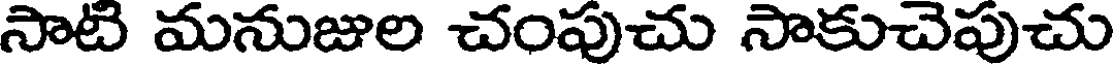
సాటి మనుజుల చంపుచు సాకుచెపుచు